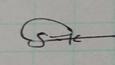
Signature authenticity: genuine